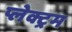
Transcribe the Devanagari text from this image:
प्लेक्ट्रम